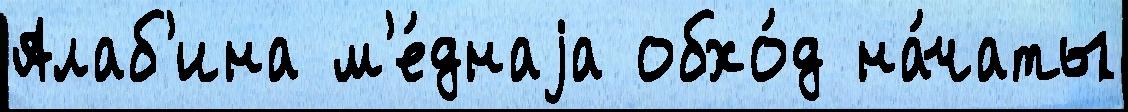
Алаб'ина м'е́днаjа обхо́д на́чаты